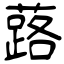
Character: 蕗